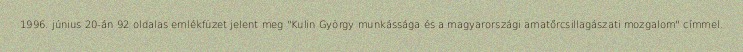
1996. június 20-án 92 oldalas emlékfüzet jelent meg "Kulin György munkássága és a magyarországi amatőrcsillagászati mozgalom" címmel.